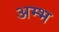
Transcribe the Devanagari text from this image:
अम्भ